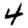
Digit: 4